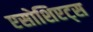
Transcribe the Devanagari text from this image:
एसोशिएट्स